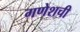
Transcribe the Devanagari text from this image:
गणेशची